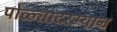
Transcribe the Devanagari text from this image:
पोळ्यादरम्यान